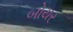
બોયર